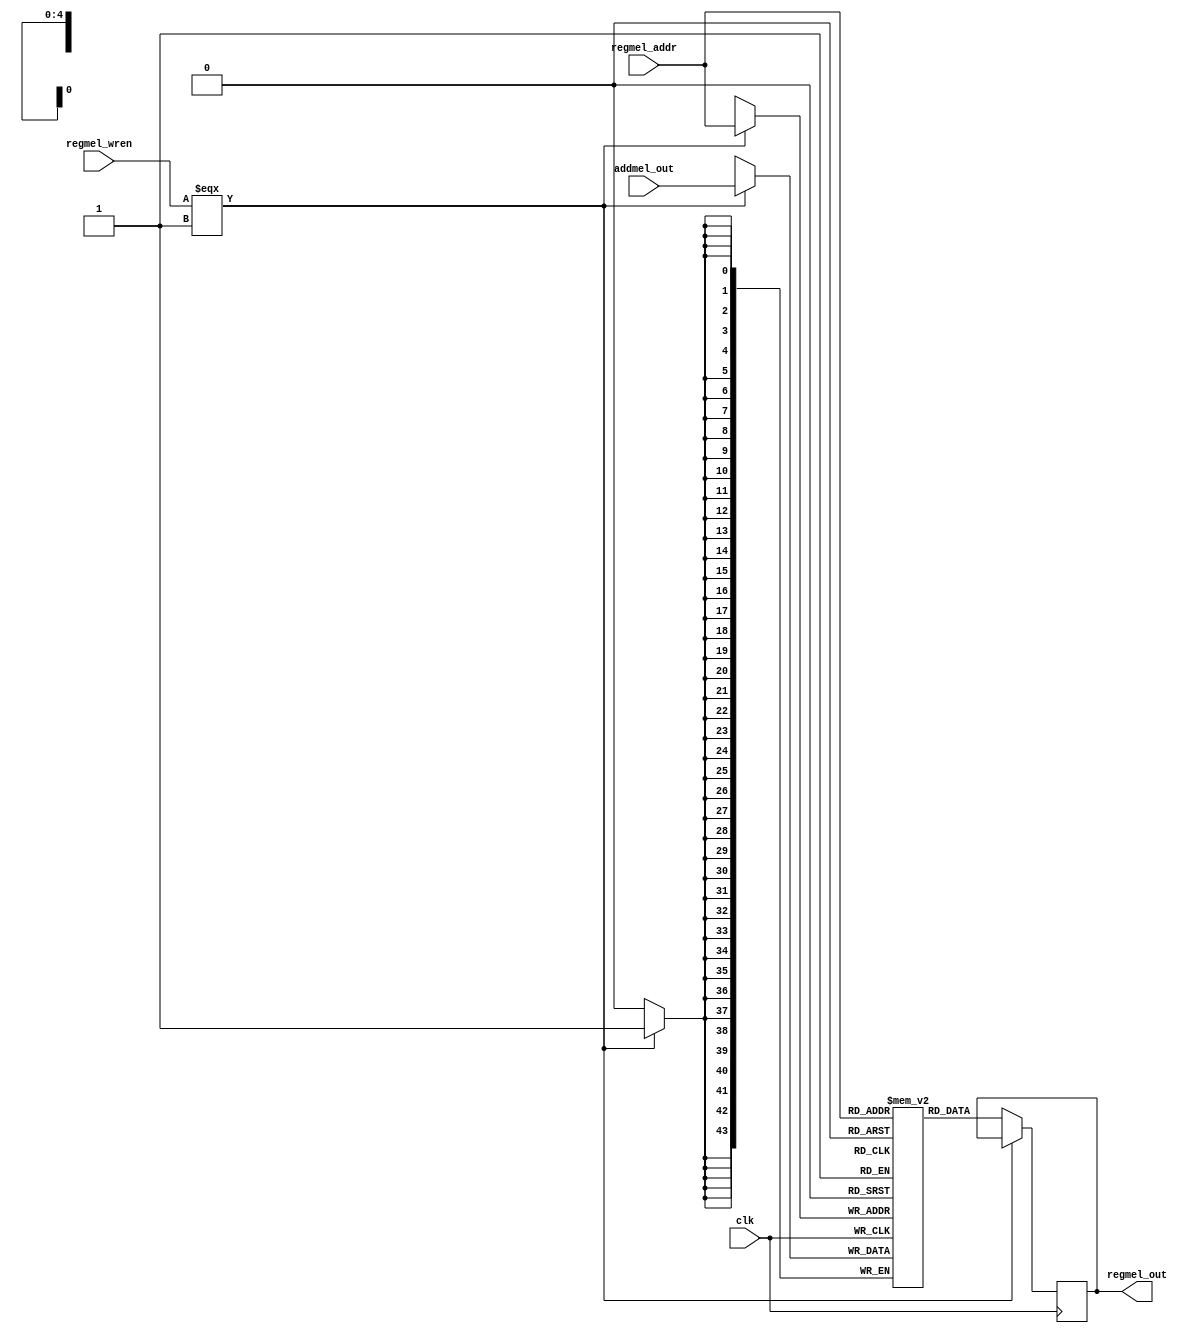
// --------------------------------------------------------------------------------
//  Company: MSI
//  Design Name: 
//  Module Name:    regmel - Behavioral 
// ---------------------------------------------------------

`define false 1'b 0
`define FALSE 1'b 0
`define true 1'b 1
`define TRUE 1'b 1

`timescale 1 ns / 1 ns // timescale for following modules


module regmel (
   clk,
   regmel_wren,
   regmel_addr,
   addmel_out,
   regmel_out);
 

input   clk; 
input   regmel_wren; 
input   [4:0] regmel_addr; 
input   [43:0] addmel_out; 
output   [43:0] regmel_out; 

reg     [43:0] regmel_out; 
reg     [43:0] memory [22:0]; 
reg     [4:0]  reg_p_i; 


always @(clk or regmel_wren)
   begin : reg_p
   reg_p_i = regmel_addr;   
   end


always @(posedge clk)
   begin : reg_p_0
   if (clk === 1'b 1)
      begin
      if (regmel_wren === 1'b 1)
         begin
         memory[reg_p_i] <= addmel_out;   
         end
      else
         begin
         regmel_out <= memory[reg_p_i];   
         end
      end
   end


endmodule // module regmel